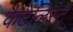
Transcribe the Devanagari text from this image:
कैटेलिस्ट